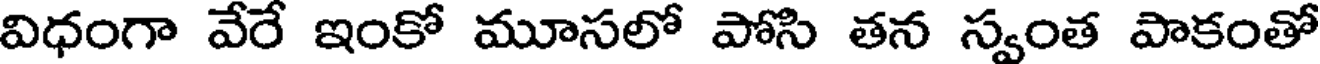
విధంగా వేరే ఇంకో మూసలో పోసి తన స్వంత పాకంతో